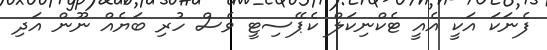
ފެނަކަ އަކީ އެއީ ޓެކްނިކަލް ކެޕޭސިޓީ ވެސް ހުރި ބަޔެއް ނޫން އަދި